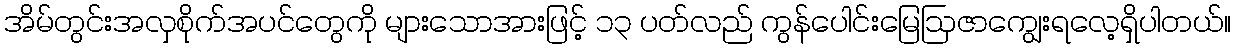
အိမ်တွင်းအလှစိုက်အပင်တွေကို များသောအားဖြင့် ၁၃ ပတ်လည် ကွန်ပေါင်းမြေဩဇာကျွေးရလေ့ရှိပါတယ်။